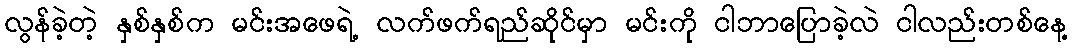
လွန်ခဲ့တဲ့ နှစ်နှစ်က မင်းအဖေရဲ့ လက်ဖက်ရည်ဆိုင်မှာ မင်းကို ငါဘာပြောခဲ့လဲ ငါလည်းတစ်နေ့